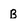
Character: B